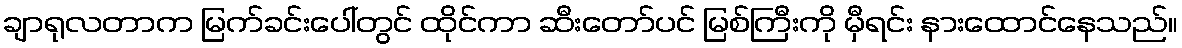
ချာရုလတာက မြက်ခင်းပေါ်တွင် ထိုင်ကာ ဆီးတော်ပင် မြစ်ကြီးကို မှီရင်း နားထောင်နေသည်။